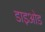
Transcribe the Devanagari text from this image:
डाइओड